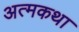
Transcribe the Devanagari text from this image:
अत्मकथा